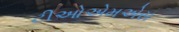
ટીઓએમએસ